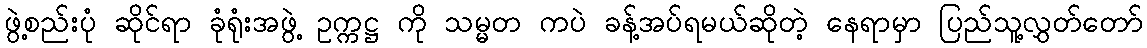
ဖွဲ့စည်းပုံ ဆိုင်ရာ ခုံရုံးအဖွဲ့ ဥက္ကဋ္ဌ ကို သမ္မတ ကပဲ ခန့်အပ်ရမယ်ဆိုတဲ့ နေရာမှာ ပြည်သူ့လွှတ်တော်